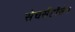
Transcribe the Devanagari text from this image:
सेचसेंहॉसेन